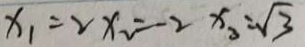
x _ { 1 } = 2 x _ { 2 } = - 2 x _ { 3 } = \sqrt { 3 }